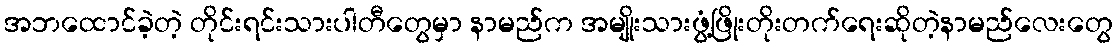
အဘထောင်ခဲ့တဲ့ တိုင်းရင်းသားပါတီတွေမှာ နာမည်က အမျိုးသားဖွံ့ဖြိုးတိုးတက်ရေးဆိုတဲ့နာမည်လေးတွေ